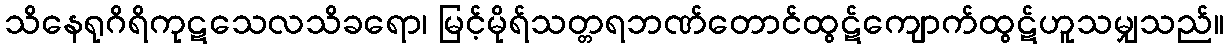
သိနေရုဂိရိကုဋသေလသိခရော၊ မြင့်မိုရ်သတ္တရဘဏ်တောင်ထွဋ်ကျောက်ထွဋ်ဟူသမျှသည်။